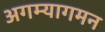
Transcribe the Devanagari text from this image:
अगम्यागमन